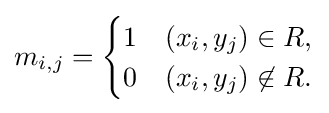
m_{i,j}={\begin{cases}1&(x_{i},y_{j})\in R,\\0&(x_{i},y_{j})\not \in R.\end{cases}}